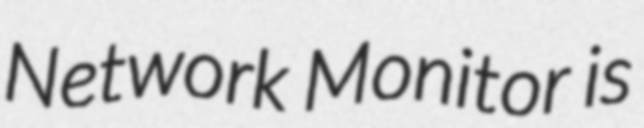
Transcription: Network Monitor is